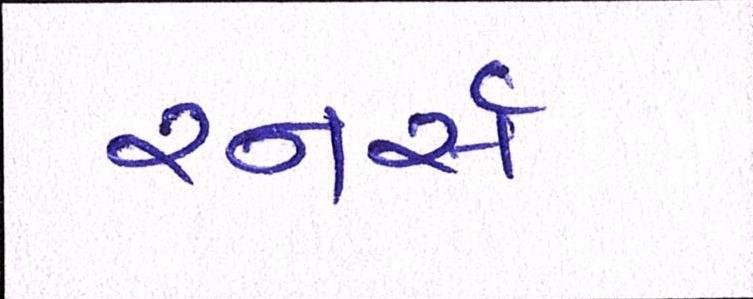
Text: રનર્સ